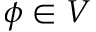
\phi \in V